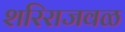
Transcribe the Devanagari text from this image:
शरिराजवळ